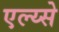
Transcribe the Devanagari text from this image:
एल्य्से